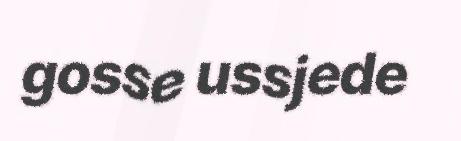
gosse ussjede